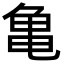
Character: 亀